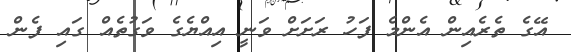
އޭގެ ތެރެއިން އެންމެ ފަހު ރަށަށް ވަނީ އިއްޔެގެ ވަގުތެއް ގައި ފެން